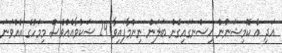
އަދި އެ ކޮމިޝަނުން އިސްނަގައިގެން ބަލަން ނިންމާފައިވާ 29 ޝަކުވާއެއްވެސް މިމަހުގެ އެއްވަނަ